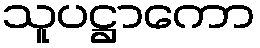
သူပဋ္ဌာကော